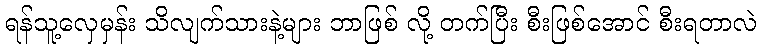
ရန်သူ့လှေမှန်း သိလျက်သားနဲ့များ ဘာဖြစ် လို့ တက်ပြီး စီးဖြစ်အောင် စီးရတာလဲ